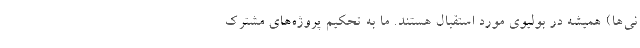
نی‌ها) همیشه در بولیوی مورد استقبال هستند. ما به تحکیم پروژه‌های مشترک